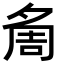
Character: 𭐷